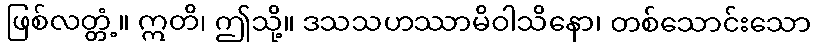
ဖြစ်လတ္တံ့။ ဣတိ၊ ဤသို့။ ဒသသဟဿာမိဝါသိနော၊ တစ်သောင်းသော